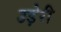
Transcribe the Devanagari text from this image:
उड़ेरी